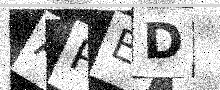
Text: APED